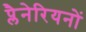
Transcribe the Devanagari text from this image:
प्लैनेरियनों